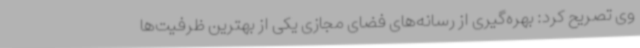
وی تصریح کرد: بهره‌گیری از رسانه‌های فضای مجازی یکی از بهترین ظرفیت‌ها